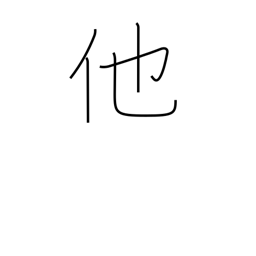
Meaning: other